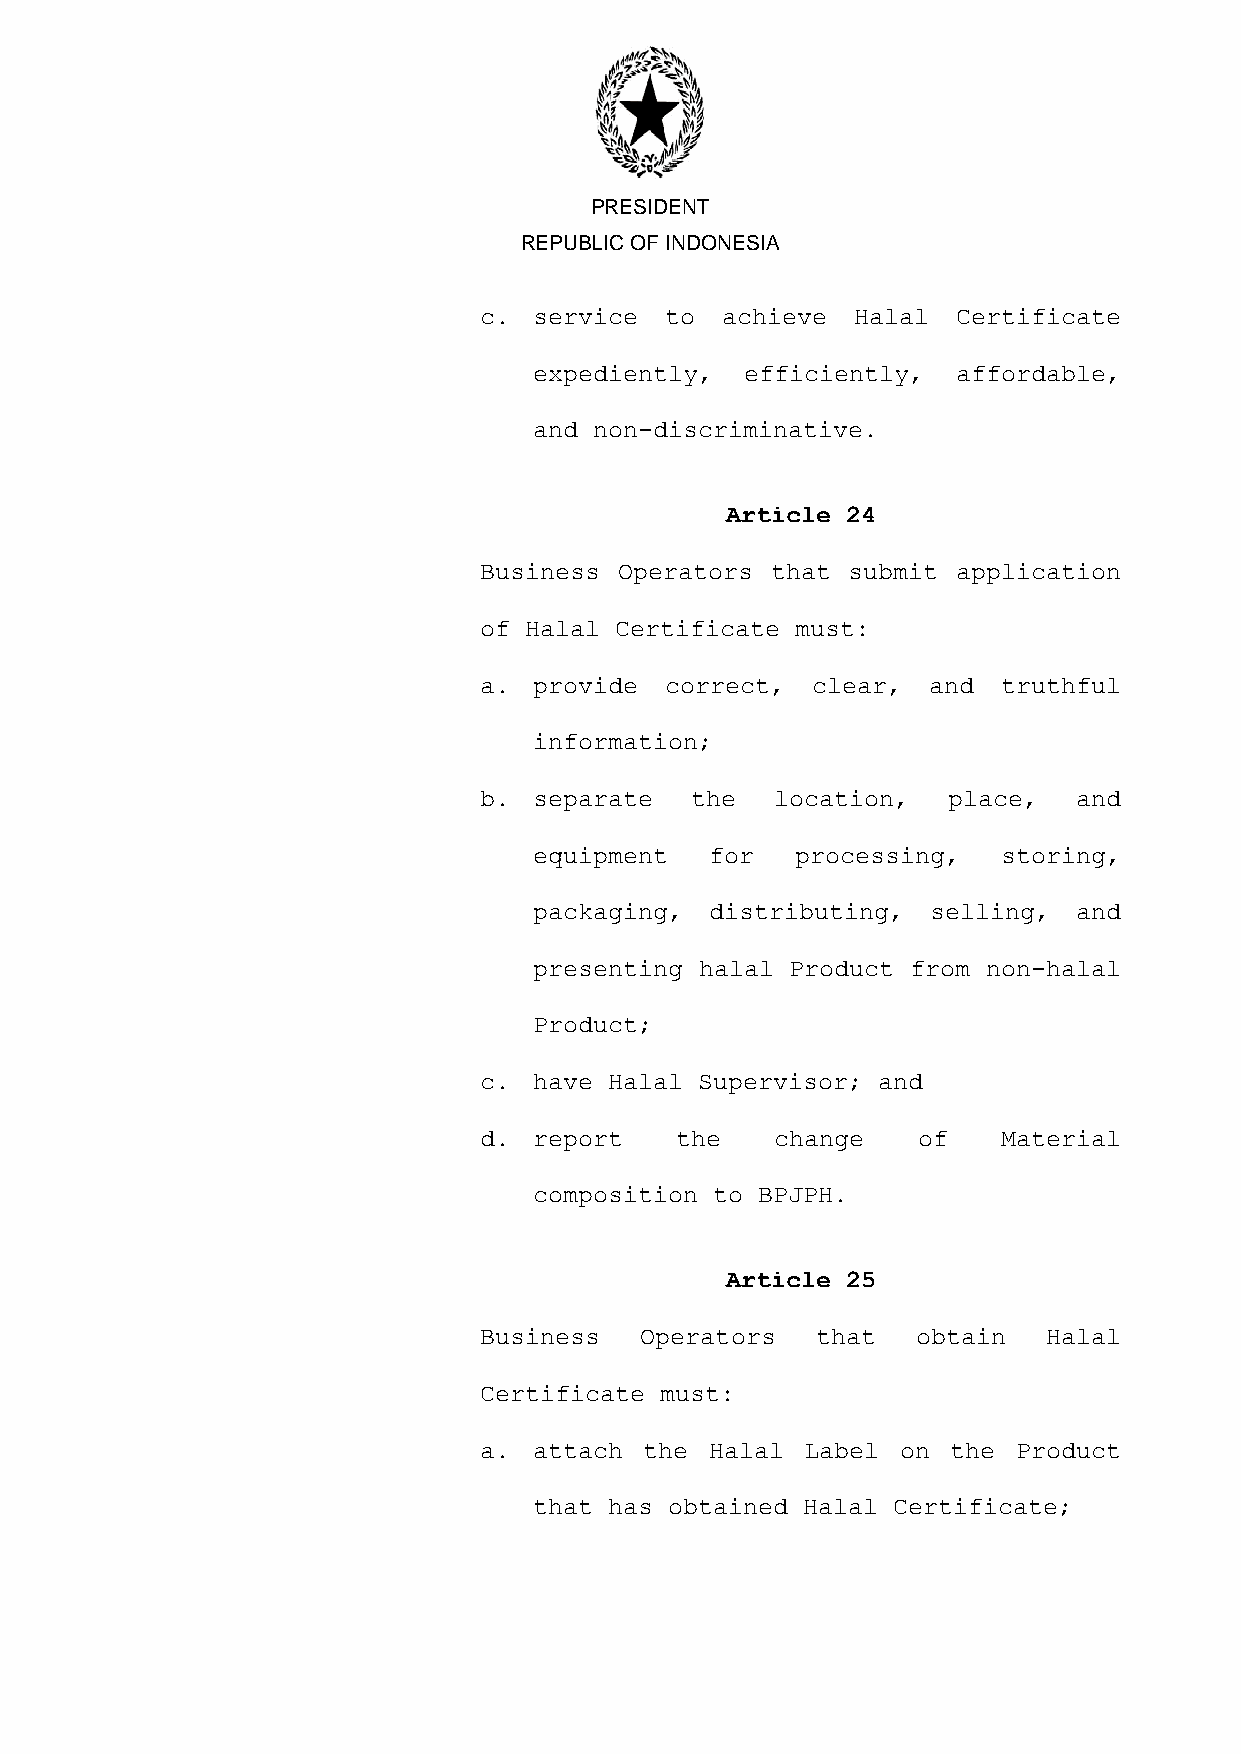
PRESIDENT
 REPUBLIC OF INDONESIA
 c. service  to  achieve  Halal Certificate
 expediently,  efficiently,  affordable,
 and non-discriminative.
 Article 24
 Business Operators that submit application
 of Halal Certificate must:
 a. provide  correct,  clear, and  truthful
 information;
 b. separate   the  location,   place,  and
 equipment   for   processing,  storing,
 packaging,  distributing,  selling, and
 presenting halal Product from non-halal
 Product;
 c. have Halal Supervisor; and
 d. report    the   change    of   Material
 composition to BPJPH.
 Article 25
 Business  Operators   that   obtain  Halal
 Certificate must:
 a. attach  the Halal Label  on the Product
 that has obtained Halal Certificate;